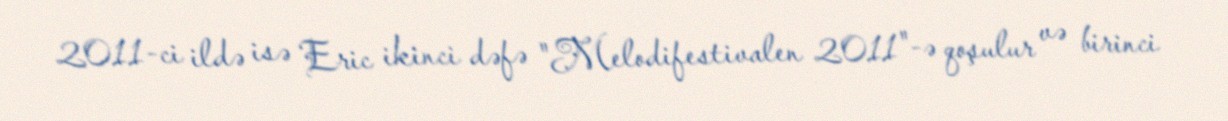
2011-ci ildə isə Eric ikinci dəfə "Melodifestivalen 2011"-ə qoşulur və birinci